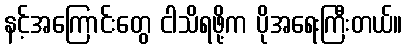
နင့်အကြောင်းတွေ ငါသိရဖို့က ပိုအရေးကြီးတယ်။